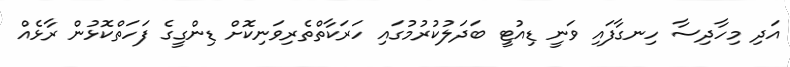
އަދި މިހާދިސާ ހިނގާފައި ވަނީ ޑިއުޓީ ބަދަލުކުރުމުގައި ހަރަކާތްތެރިވަނިކޮށް ޑިންގީގެ ފަހަތްކޮޅުން ރާޅެއް